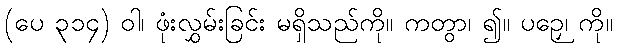
(ပေ ၃၁၄) ဝါ၊ ဖုံးလွှမ်းခြင်း မရှိသည်ကို။ ကတွာ၊ ၍။ ပဉှေ၊ ကို။